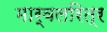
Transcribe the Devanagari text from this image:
मार्वलरित्र